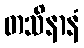
တသိနာနံ